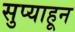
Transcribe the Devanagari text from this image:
सुप्याहून